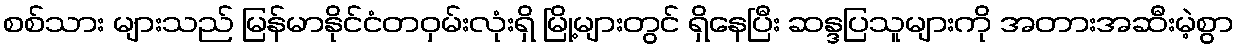
စစ်သား များသည် မြန်မာနိုင်ငံတဝှမ်းလုံးရှိ မြို့များတွင် ရှိနေပြီး ဆန္ဒပြသူများကို အတားအဆီးမဲ့စွာ